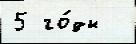
5 го́ды